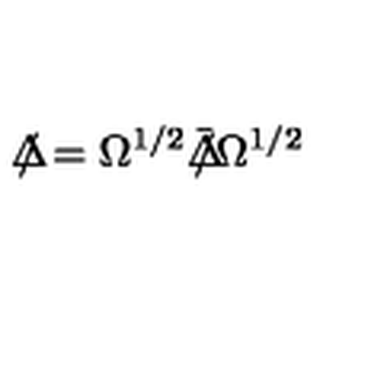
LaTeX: \Delta \! \! \! \! / = \Omega ^ { 1 / 2 } { \bar { \Delta } } \! \! \! \! / \Omega ^ { 1 / 2 }